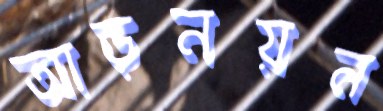
আড়নয়ন